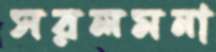
সরলমনা